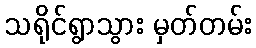
သရိုင်ရွာသွား မှတ်တမ်း